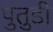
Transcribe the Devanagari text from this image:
पुतुडी